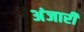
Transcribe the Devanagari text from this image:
अंजारी